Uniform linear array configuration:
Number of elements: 48
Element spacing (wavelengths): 0.25
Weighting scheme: blackman
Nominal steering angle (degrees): -30
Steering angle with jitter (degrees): -31.824
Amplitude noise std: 0.05
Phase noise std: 0.05

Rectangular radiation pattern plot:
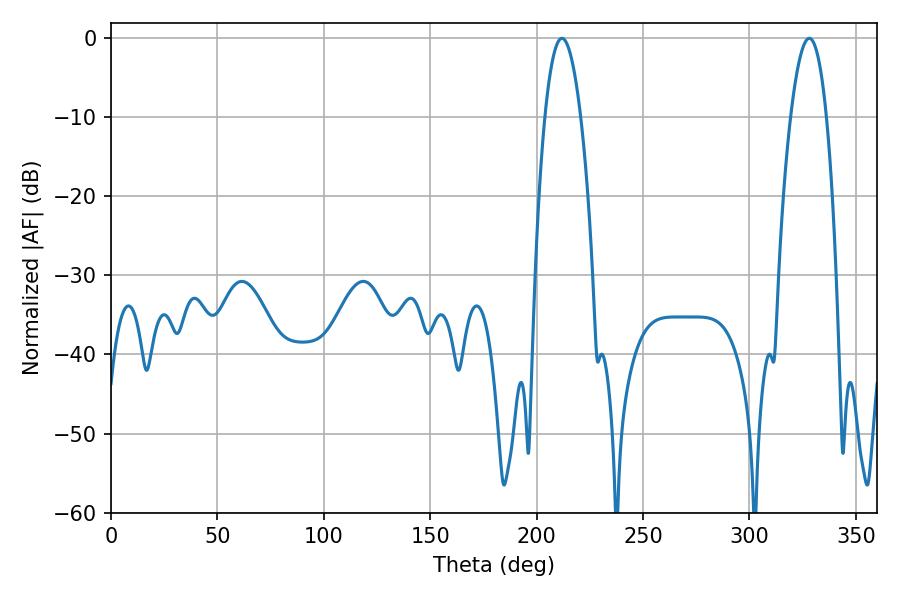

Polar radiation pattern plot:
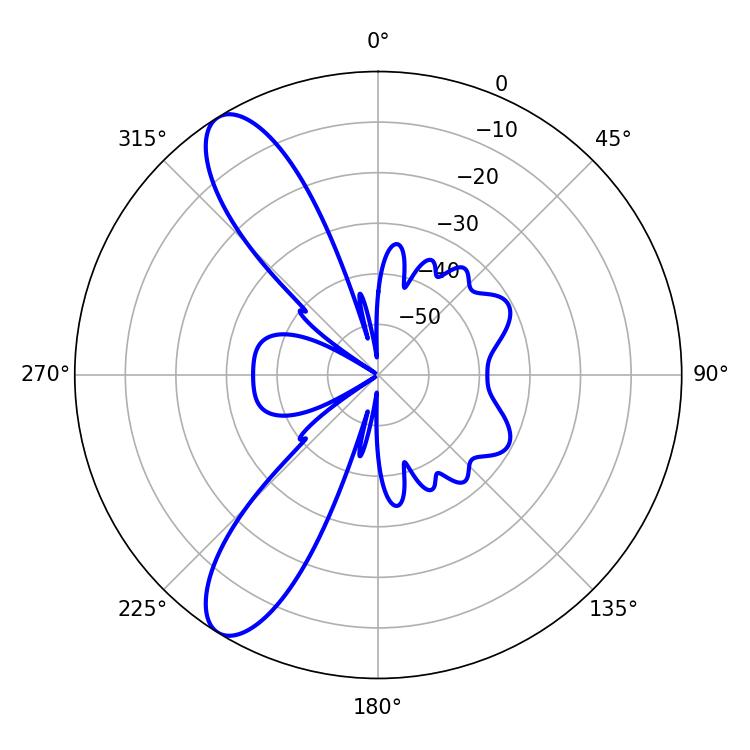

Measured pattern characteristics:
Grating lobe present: FALSE
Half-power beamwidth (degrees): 9.36
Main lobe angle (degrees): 211.86